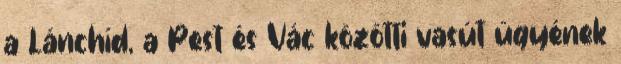
a Lánchíd, a Pest és Vác közötti vasút ügyének